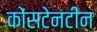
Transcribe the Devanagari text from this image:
कोंसटेनटीन